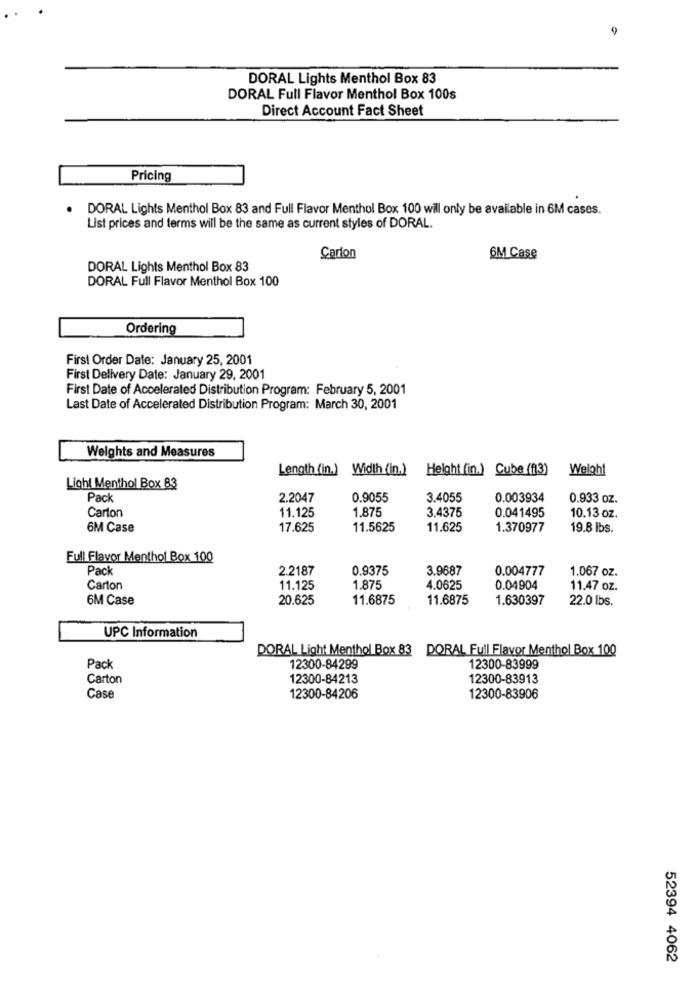
DORAL Lights Menthol Box 83
DORAL Full Flavor Menthol Box 100s
Direct Account Fact Sheet
Pricing
DORAL Lights Menthol Box 83 and Full Flavor Menthol Box 100 will only be available in 6M cases.
List prices and terms will be the same as current styles of DORAL.
Carton
6M Case
DORAL Lights Menthol Box 83
DORAL Full Flavor Menthol Box 100
Ordering
First Order Date: January 25, 2001
First Delivery Date: January 29, 2001
First Date of Accelerated Distribution Program: February 5, 2001
Last Date of Accelerated Distribution Program: March 30, 2001
Weights and Measures
Length (in.) Width (in.)
Height (in.) Cube (f13)
Weight
Light Menthol Box 83
Pack
2.2047
0.9055
3.4055
0.003934
0.933 oz.
Carton
11.125
1.875
3.4375
0.041495
10.13 oz.
6M Case
17.625
11.5625
11.625
1.370977
19.8 lbs.
Full Flavor Menthol Box 100
Pack
2.2187
0.9375
3.9687
0.004777
1.067 oz.
Carton
11.125
1.875
4.0625
0.04904
11.47 oz.
6M Case
20.625
11.6875
11.6875
1.630397
22.0 lbs.
UPC Information
DORAL Light Menthol Box 83 DORAL Full Flavor Menthol Box 100
Pack
12300-84299
12300-83999
Carton
12300-84213
12300-83913
Case
12300-84206
12300-83906
52394 4062